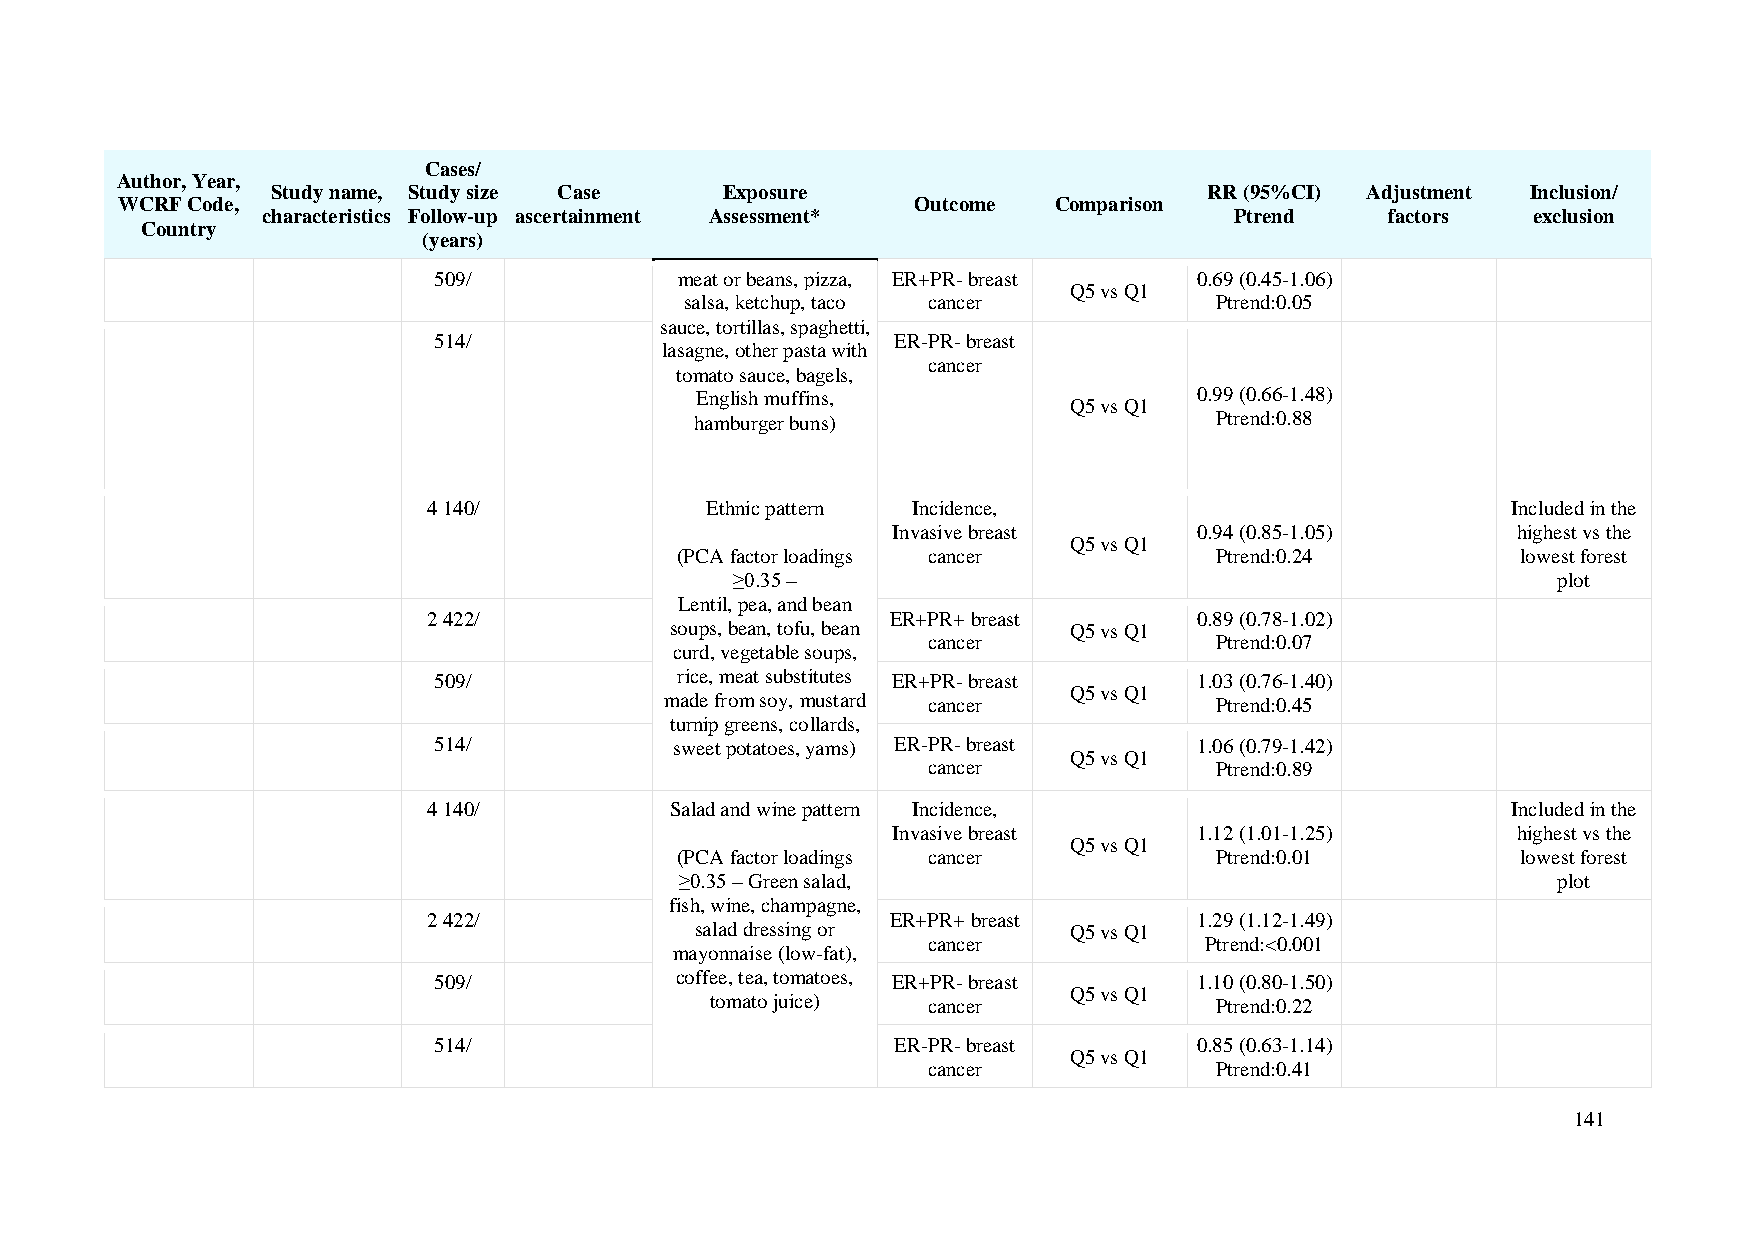
Cases/
 Author, Year,
 Study name, Study size Case   Exposure                        RR (95%CI) Adjustment Inclusion/
 WCRF Code,                                           Outcome  Comparison
 characteristics Follow-up ascertainment Assessment*              Ptrend    factors  exclusion
 Country
 (years)
 509/            meat or beans, pizza, ER+PR- breast 0.69 (0.45-1.06)
 Q5 vs Q1
 salsa, ketchup, taco cancer        Ptrend:0.05
 sauce, tortillas, spaghetti,
 514/                          ER-PR- breast
 lasagne, other pasta with
 cancer
 tomato sauce, bagels,
 English muffins,                 0.99 (0.66-1.48)
 Q5 vs Q1
 hamburger buns)                   Ptrend:0.88
 4 140/             Ethnic pattern Incidence,                            Included in the
 Invasive breast     0.94 (0.85-1.05)     highest vs the
 Q5 vs Q1
 (PCA factor loadings cancer        Ptrend:0.24          lowest forest
 ≥0.35 –                                               plot
 Lentil, pea, and bean
 2 422/                         ER+PR+ breast       0.89 (0.78-1.02)
 soups, bean, tofu, bean    Q5 vs Q1
 cancer             Ptrend:0.07
 curd, vegetable soups,
 509/            rice, meat substitutes ER+PR- breast 1.03 (0.76-1.40)
 Q5 vs Q1
 made from soy, mustard cancer       Ptrend:0.45
 turnip greens, collards,
 514/            sweet potatoes, yams) ER-PR- breast 1.06 (0.79-1.42)
 Q5 vs Q1
 cancer             Ptrend:0.89
 4 140/          Salad and wine pattern Incidence,                       Included in the
 Invasive breast     1.12 (1.01-1.25)     highest vs the
 Q5 vs Q1
 (PCA factor loadings cancer        Ptrend:0.01          lowest forest
 ≥0.35 – Green salad,                                      plot
 fish, wine, champagne,
 2 422/                         ER+PR+ breast       1.29 (1.12-1.49)
 salad dressing or        Q5 vs Q1
 cancer             Ptrend:<0.001
 mayonnaise (low-fat),
 509/            coffee, tea, tomatoes, ER+PR- breast 1.10 (0.80-1.50)
 Q5 vs Q1
 tomato juice) cancer             Ptrend:0.22
 514/                          ER-PR- breast       0.85 (0.63-1.14)
 Q5 vs Q1
 cancer             Ptrend:0.41
 141